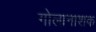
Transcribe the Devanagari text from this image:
गोलानाशक